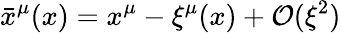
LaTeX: {\bar{x}}^{\mu}(x)=x^{\mu}-\xi^{\mu}(x)+\mathcal{O}(\xi^{2})